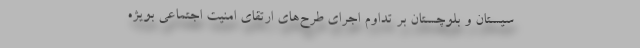
سیستان و بلوچستان بر تداوم اجرای طرح‌های ارتقای امنیت اجتماعی بویژه